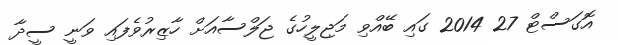
އޮގަސްޓް 27 2014 ގައި ބޭއްވި މަޖިލީހުގެ ޖަލްސާއަށް ހާޒިރުވެފައި ވަނީ ސީދާ